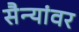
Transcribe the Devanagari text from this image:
सैन्यांवर